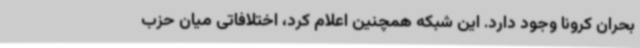
بحران کرونا وجود دارد. این شبکه همچنین اعلام کرد، اختلافاتی میان حزب